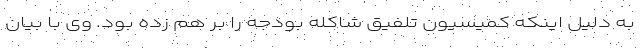
به دلیل اینکه کمیسیون تلفیق شاکله بودجه را بر هم زده بود. وی با بیان